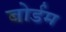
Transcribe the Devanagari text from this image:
बोर्डम